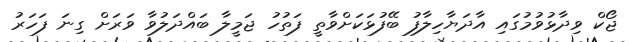
ޖޯކް ވިދާޅުވުމުގައި އާދަޔާހިލާފު ބޭފުޅަކަށްވާތީ ފަތުހު ޖަމީލާ ބައްދަލުވާ ވަރަށް ގިނަ ފަހަރު